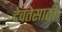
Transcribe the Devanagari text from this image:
देवतेसाठी